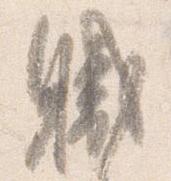
職